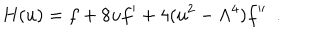
LaTeX: H ( u ) = f + 8 u f ^ { \prime } + 4 ( u ^ { 2 } - \Lambda ^ { 4 } ) f ^ { \prime \prime } \ \ .